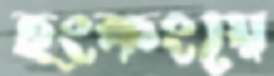
হংকংয়ে